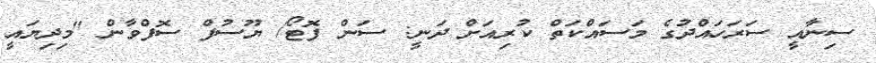
ސިނާއީ ސަރަހައްދުގެ މަސައްކަތް ކުރިއަށް ދަނީ: ސަން ފޮޓޯ/ ޔޫސުފް ސޮފްވާން "މިދިޔައީ